Leningradi_Edasi_toimetus, lk 113
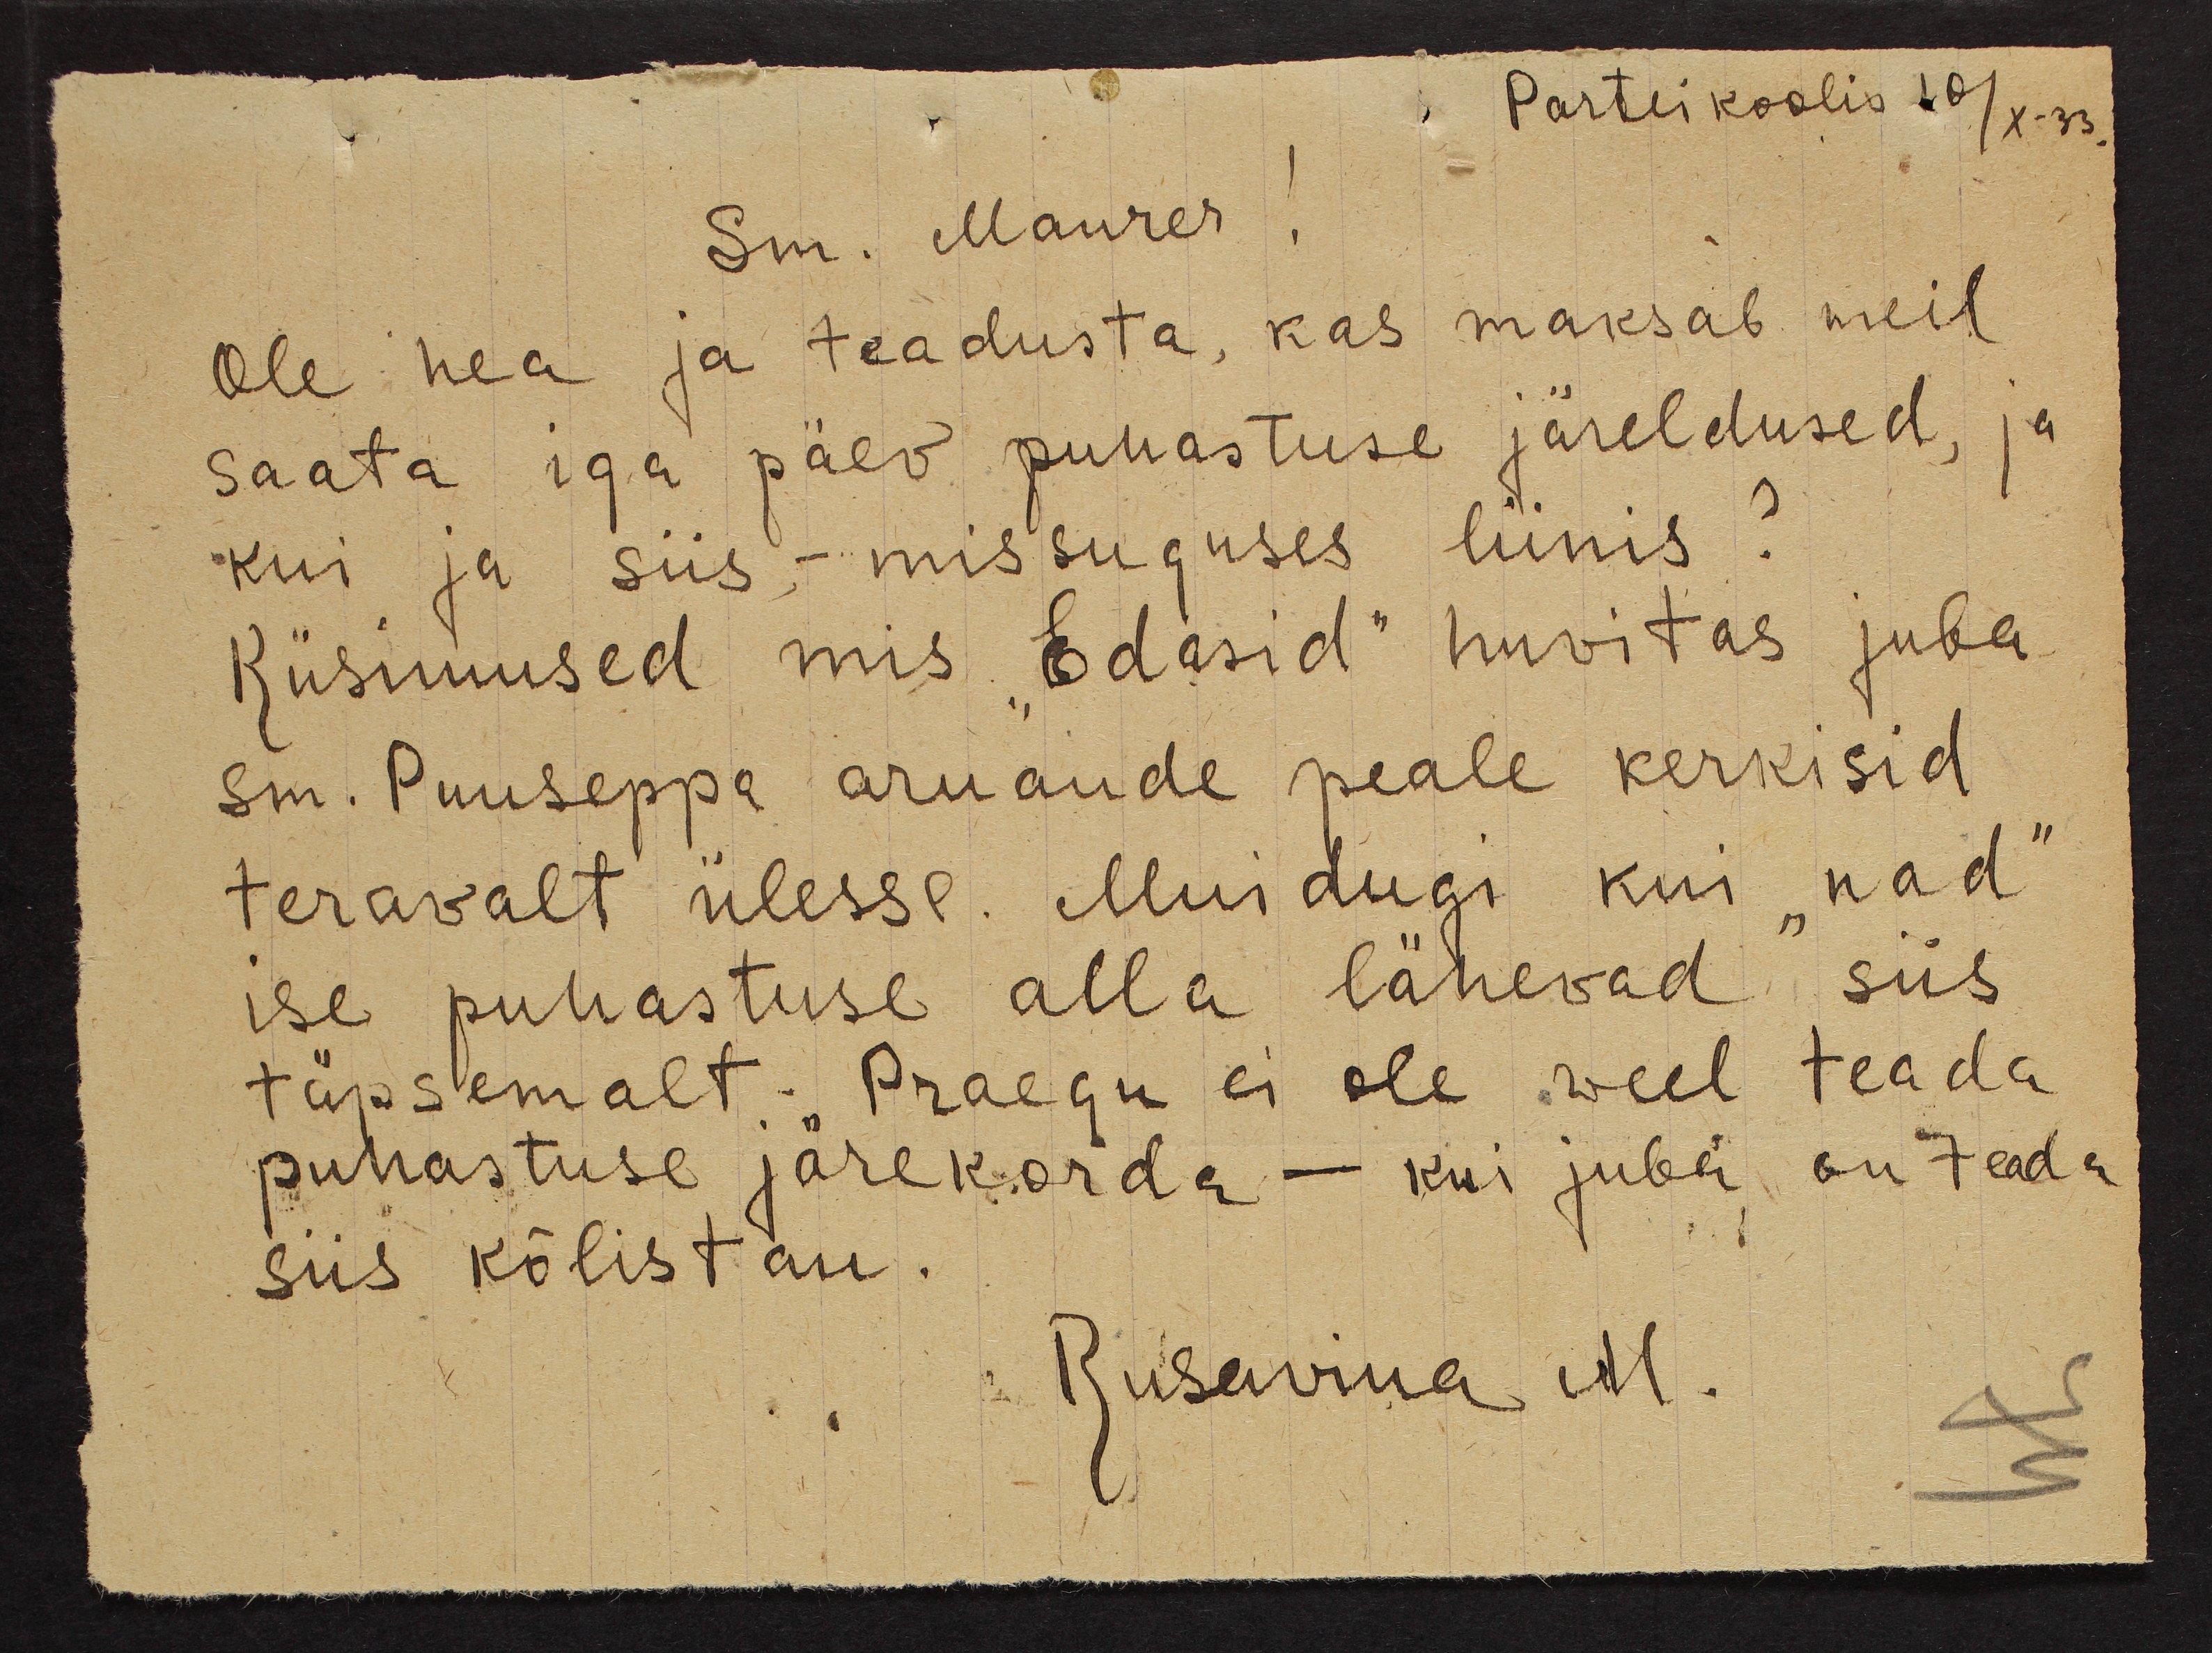
Parteikoolis 10/X-33
Sm. Maurer!
Ole hea ja teadusta, kas maksab meil
saata iga päev puhastuse järeldused, ja
kui ja siis - missuguses liinis?
Küsimused mis "Edasid" huvitas juba
sm. Puuseppa aruande peale kerkisid
teravalt ülesse. Muidugi kui "nad"
ise puhastuse alla lähevad siis
täpsemalt. Praegu ei ole veel teada
puhastuse järekorda - kui juba on teada
siis kõlistän.
Rusavina M.